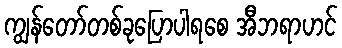
ကျွန်တော်တစ်ခုပြောပါရစေ အီဘရာဟင်